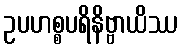
ဥပဟစ္စပရိနိဗ္ဗာယိဿ